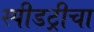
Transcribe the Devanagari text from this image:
स्पीडट्रीचा